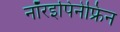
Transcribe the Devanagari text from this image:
नॉरइपिनेफ्रिन